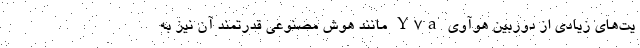
یت‌های زیادی از دوربین هوآوی Y7a مانند هوش مصنوعی قدرتمند آن نیز به